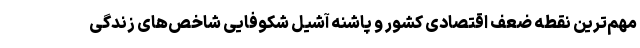
مهم‌ترین نقطه ضعف اقتصادی کشور و پاشنه آشیل شکوفایی شاخص‌های زندگی